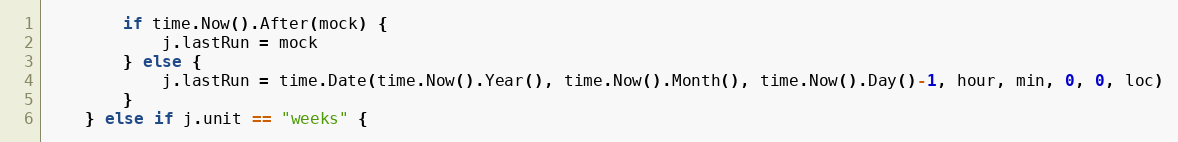
Language: Go
		if time.Now().After(mock) {
			j.lastRun = mock
		} else {
			j.lastRun = time.Date(time.Now().Year(), time.Now().Month(), time.Now().Day()-1, hour, min, 0, 0, loc)
		}
	} else if j.unit == "weeks" {